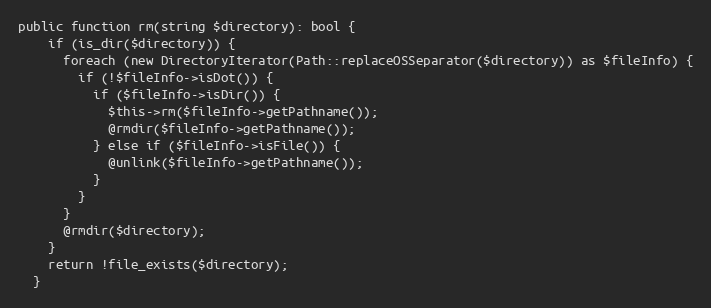
Language: PHP
public function rm(string $directory): bool {
    if (is_dir($directory)) {
      foreach (new DirectoryIterator(Path::replaceOSSeparator($directory)) as $fileInfo) {
        if (!$fileInfo->isDot()) {
          if ($fileInfo->isDir()) {
            $this->rm($fileInfo->getPathname());
            @rmdir($fileInfo->getPathname());
          } else if ($fileInfo->isFile()) {
            @unlink($fileInfo->getPathname());
          }
        }
      }
      @rmdir($directory);
    }
    return !file_exists($directory);
  }